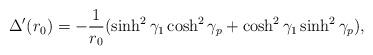
LaTeX: \begin{align*}\Delta'(r_0) = -{1 \over r_0}(\sinh^2 \gamma_1 \cosh^2 \gamma_p + \cosh^2 \gamma_1 \sinh^2 \gamma_p ),\end{align*}